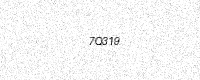
Text: 7Q319